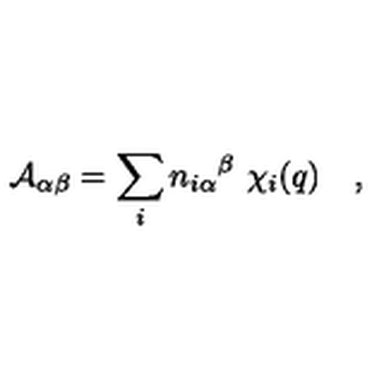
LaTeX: { \cal A } _ { \alpha \beta } = \sum _ { i } { n _ { i \alpha } } ^ { \beta } \ \chi _ { i } ( q ) \quad ,